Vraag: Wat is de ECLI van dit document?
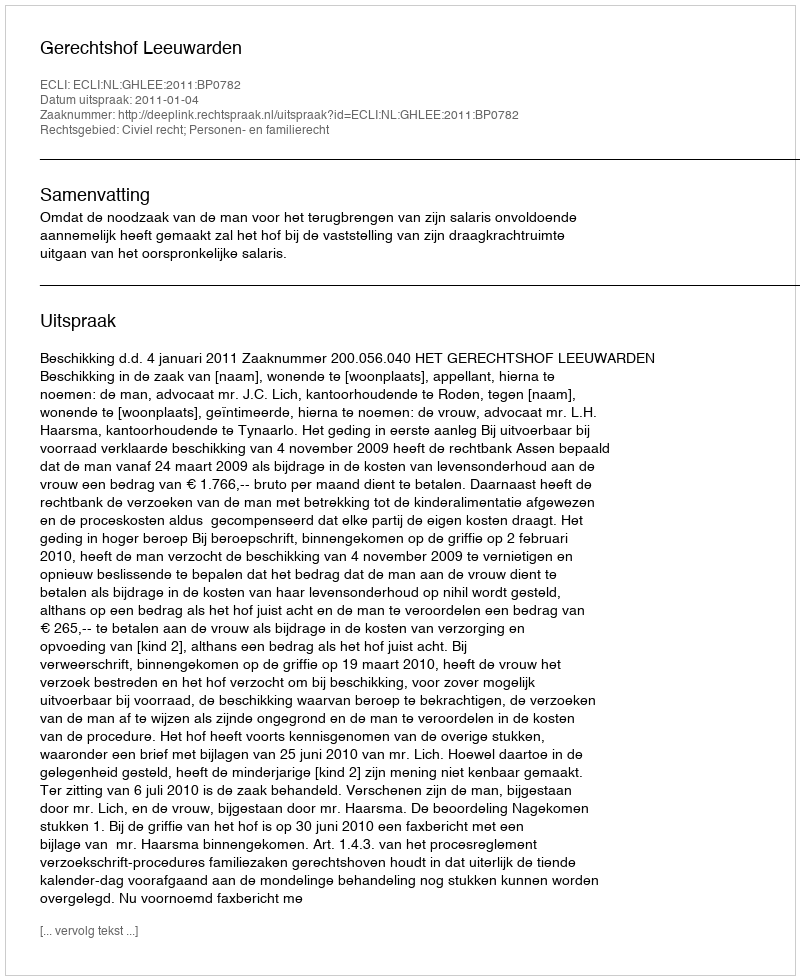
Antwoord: ECLI:NL:GHLEE:2011:BP0782